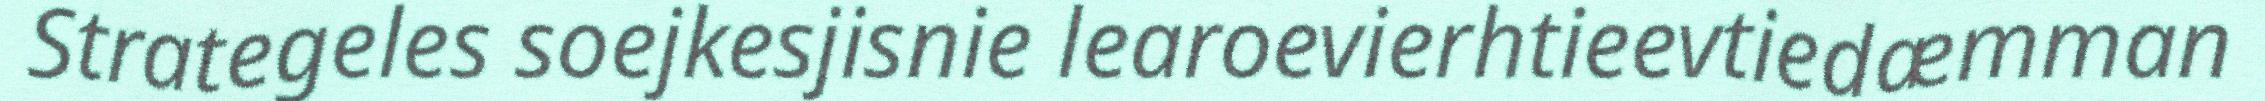
Strategeles soejkesjisnie learoevierhtieevtiedæmman